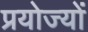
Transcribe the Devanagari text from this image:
प्रयोज्यों